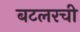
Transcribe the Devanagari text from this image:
बटलरची